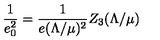
\frac { 1 } { e _ { 0 } ^ { 2 } } = \frac { 1 } { e ( \Lambda / \mu ) ^ { 2 } } Z _ { 3 } ( \Lambda / \mu )